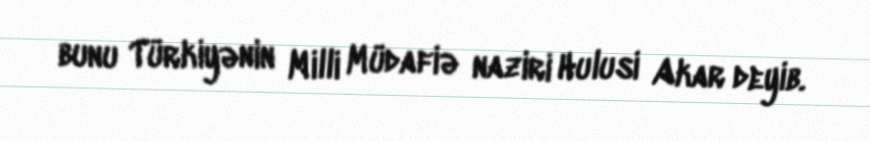
bunu Türkiyənin Milli Müdafiə naziri Hulusi Akar deyib.